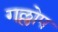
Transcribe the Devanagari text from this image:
गल्लोप